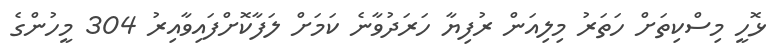
ޅޮހީ މިސްކިތަށް ހަތަރު މިލިއަން ރުފިޔާ ހަރަދުވާނެ ކަމަށް ލަފާކޮށްފައިވާއިރު 304 މީހުންގެ